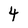
Character: 4